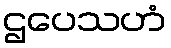
ဌပေသဟံ